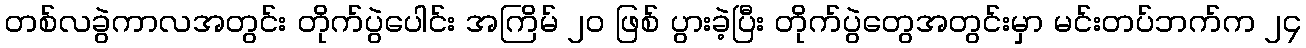
တစ်လခွဲကာလအတွင်း တိုက်ပွဲပေါင်း အကြိမ် ၂၀ ဖြစ် ပွားခဲ့ပြီး တိုက်ပွဲတွေအတွင်းမှာ မင်းတပ်ဘက်က ၂၄